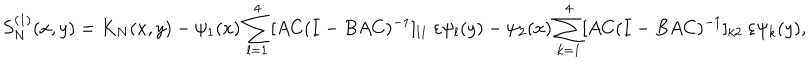
LaTeX: S _ { N } ^ { ( 1 ) } ( x , y ) = K _ { N } ( x , y ) - \psi _ { 1 } ( x ) \sum _ { l = 1 } ^ { 4 } [ A C ( I - B A C ) ^ { - 1 } ] _ { l 1 } \ \varepsilon \psi _ { l } ( y ) - \psi _ { 2 } ( x ) \sum _ { k = 1 } ^ { 4 } [ A C ( I - B A C ) ^ { - 1 } ] _ { k 2 } \ \varepsilon \psi _ { k } ( y ) ,